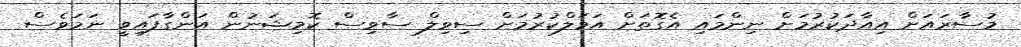
މުސާރައަށް އިއާދަކުރުމަށް ނިންމައި އެގޮތަށް އަމަލްކުރުމަށް ސިވިލް ސާވިސް ކޮމިޝަނުން އަންގާފައިވީ ނަމަވެސް